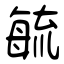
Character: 毓